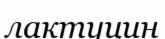
лактуцин